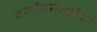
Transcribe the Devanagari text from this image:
वर्णाश्रमधर्मका